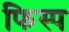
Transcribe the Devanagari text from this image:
फिस्प